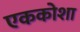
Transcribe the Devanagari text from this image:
एककोशा